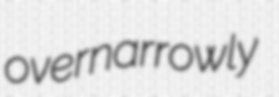
overnarrowly